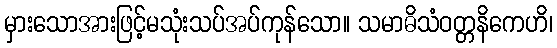
မှားသောအားဖြင့်မသုံးသပ်အပ်ကုန်သော။ သမာဓိသံဝတ္တနိကေဟိ၊